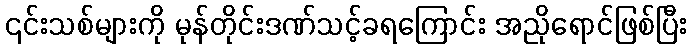
၎င်းသစ်များကို မုန်တိုင်းဒဏ်သင့်ခရကြောင်း အညိုရောင်ဖြစ်ပြီး